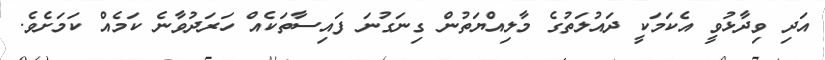
އަދި ވިދާޅުވީ އެކަމަކީ ދައުލަތުގެ މާލިއްޔަތުން ގިނަގުނަ ފައިސާތަކެއް ހަރަދުވާނެ ކަމެއް ކަމަށެވެ.